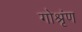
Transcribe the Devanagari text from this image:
गोश्रृंण